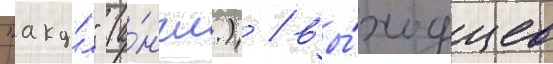
"аку́л" (а́нгл.) / вы́ходцев